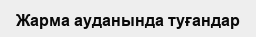
Жарма ауданында туғандар